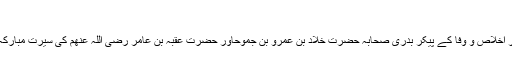
‘‘
اطاعت اور اخلاص و وفا کے پیکر بدری صحابہ حضرت خَلَّادْ بِن عَمرو بِن جَمُوحْاور حضرت عُقْبَہ بن عامِر رضی اللہ عنھم کی سیرتِ مبارکہ کا تذکرہ۔